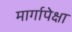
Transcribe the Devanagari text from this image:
मार्गापेक्षा